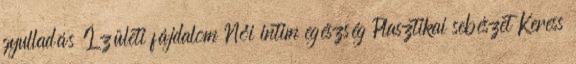
gyulladás Ízületi fájdalom Női intim egészség Plasztikai sebészet Keress